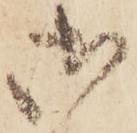
御